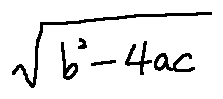
\sqrt { b ^ { 2 } - 4 a c }